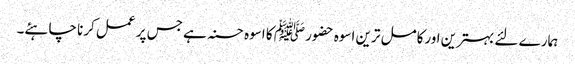
ہمارے لئے بہترین اورکامل ترین اسوہ حضور ﷺ کا اسوہ حسنہ ہے جس پر عمل کرنا چاہئے۔